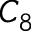
C _ { 8 }